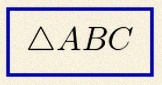
\triangle ABC